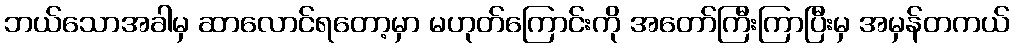
ဘယ်သောအခါမှ ဆာလောင်ရတော့မှာ မဟုတ်ကြောင်းကို အတော်ကြီးကြာပြီးမှ အမှန်တကယ်